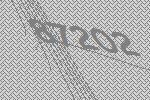
87202